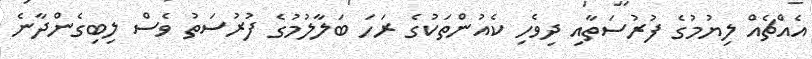
އެއްޗެއް ލިޔުމުގެ ފުރުސަތާއި ދިވެހި ކެއުންތަކުގެ ރަހަ ބަލާލުމުގެ ފުރުސަތު ވެސް ލިބިގެންދާނެ